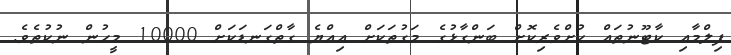
ފިލްމާއި ކާޓޫނުތައް ކުށްވެރިކޮށް ބަންގާޅުގެ މަގުތަކަށް އިއްޔެ ގާތްގަނޑަކަށް 10000 މީހުން ނުކުތެވެ.